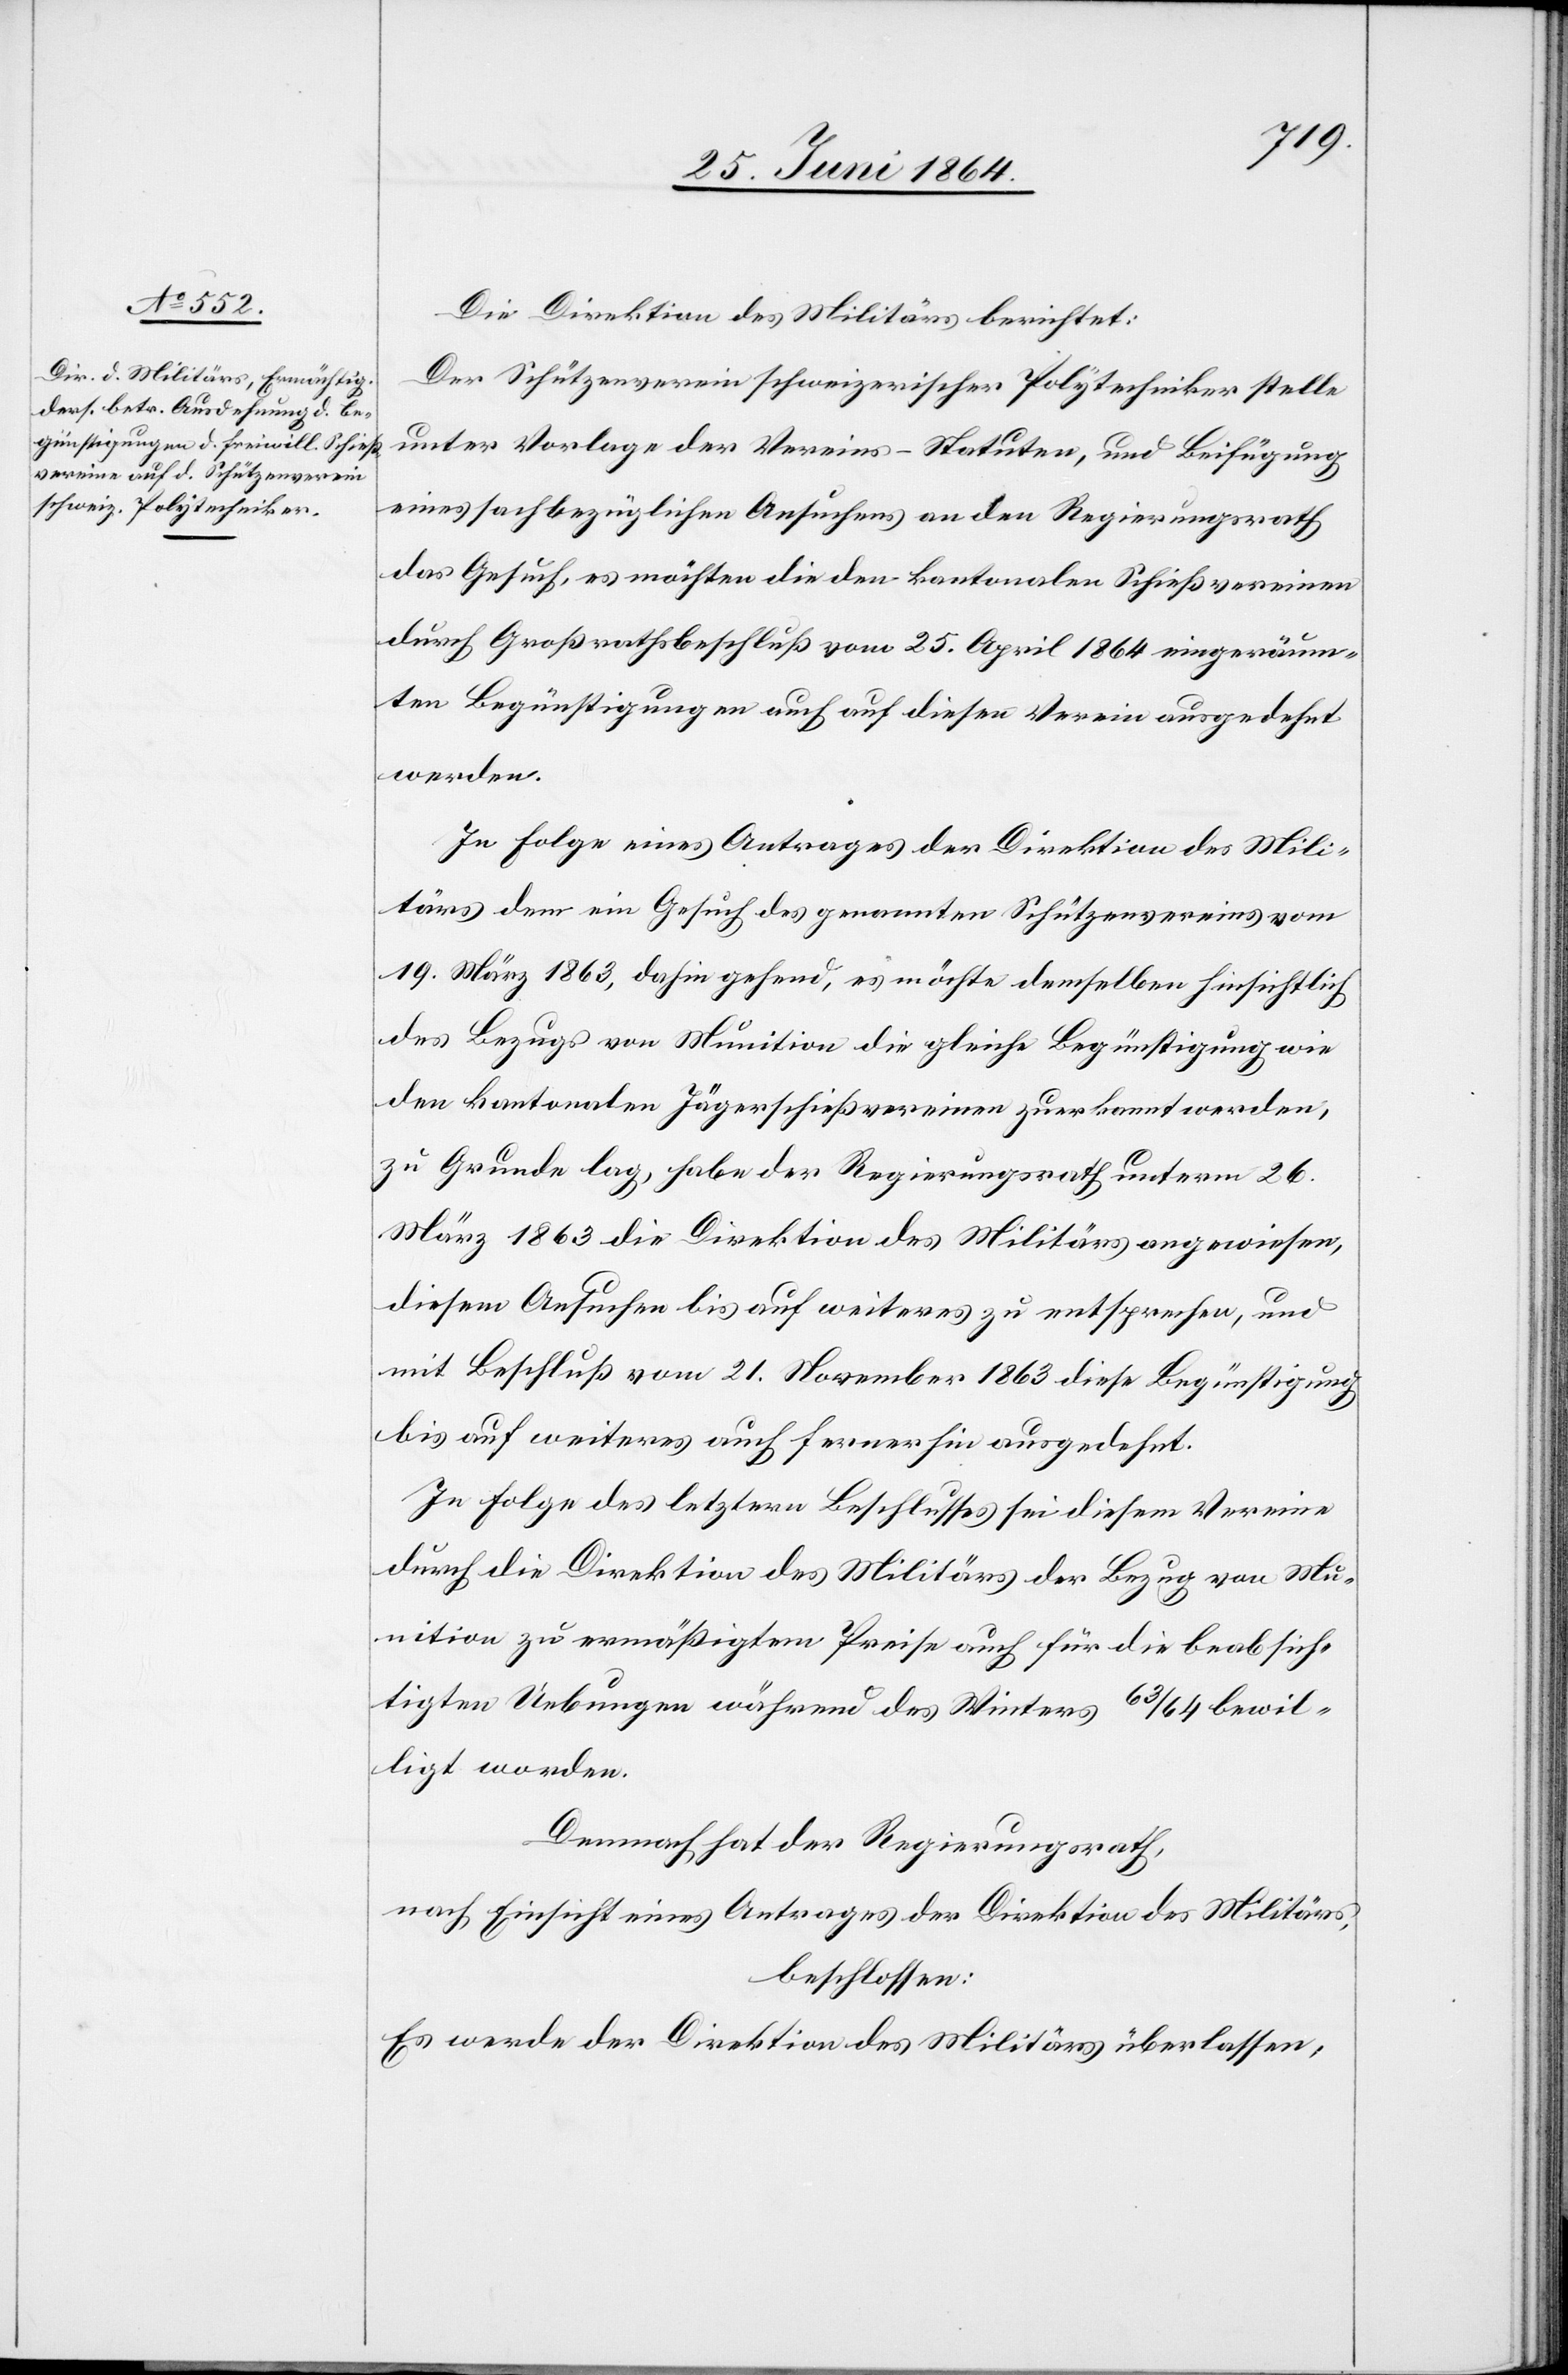
Die Direktion des Militärs berichtet:
Der Schützenverein schweizerischer Polytechniker stelle
unter Vorlage der Vereins-Statuten, und Beifügung
eines sachbezüglichen Ansuchens an den Regierungsrath
das Gesuch, es möchten die den kantonalen Schießvereinen
durch Großrathsbeschluß vom 25. April 1864 eingeräum¬
ten Begünstigungen auch auf diesen Verein ausgedehnt
werden.
In Folge eines Antrages der Direktion des Mili¬
tärs dem ein Gesuch des genannten Schützenvereins vom
19. März 1863, dahin gehend, es möchte demselben hinsichtlich
des Bezugs von Munition die gleiche Begünstigung wie
den kantonalen Jägerschießvereinen zuerkannt werden,
zur Grunde lag, habe der Regierungsrath unterm 26.
März 1863 die Direktion des Militärs angewiesen,
diesem Ansuchen bis auf weiteres zu entsprechen, und
mit Beschluß vom 21. November 1863 diese Begünstigung
bis auf weiteres auch fernerhin ausgedehnt.
In Folge des letztern Beschlusses sei diesem Vereine
durch die Direktion des Militärs der Bezug von Mu¬
nition zu ermäßigtem Preise auch für die beabsich¬
tigten Uebungen während des Winters 63/64 bewil¬
ligt worden.
Demnach hat der Regierungsrath,
nach Einsicht eines Antrages der Direktion des Militärs,
beschlossen:
Es werde der Direktion des Militärs überlassen,